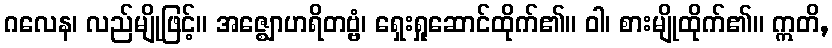
ဂလေန၊ လည်မျိုဖြင့်။ အဇ္ဈောဟရိတဗ္ဗံ၊ ရှေးရှုဆောင်ထိုက်၏။ ဝါ၊ စားမျိုထိုက်၏။ ဣတိ,